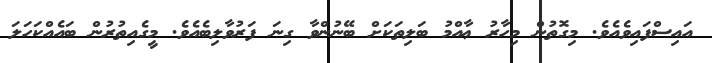
އައިސްފައިވެއެވެ. މިގޮތުން މިހާރު ޢާއްމު ބަލިތަކަށް ބޭނުންވާ ގިނަ ފަރުވާލިބެއެވެ. މީގެއިތުރުން ބައެއްކަހަލަ